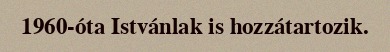
1960-óta Istvánlak is hozzátartozik.